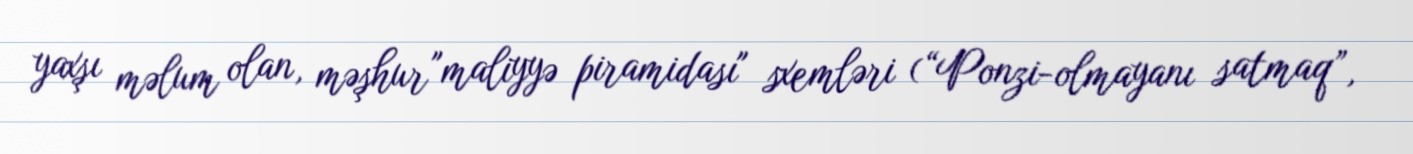
yaxşı məlum olan, məşhur "maliyyə piramidası" sxemləri (“Ponzi-olmayanı satmaq”,